Leaving Certificate Examination, 1918, 1918
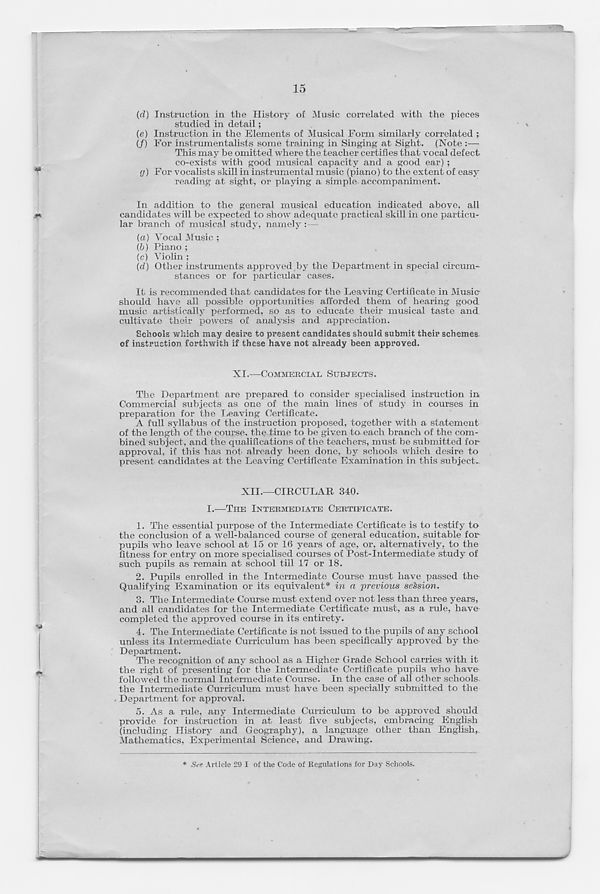
15
(d) Instruction in the History of Music correlated with the pieces
studied in detail;
(e) Instruction in the Elements of Musical Form similarly correlated ;
(/) For instrumentalists some training in Singing at Sight. (Note :—
This may be omitted where the teacher certifies that vocal defect
co-exists with good musical capacity and a good ear) ;
g) For vocalists skill in instrumental music (piano) to the extent of easy
reading at sight, or playing a simple accompaniment.
In addition to the general musical education indicated above, all
candidates will be expected to show adequate practical skill in one particu-
lar branch of musical study, namely:—
(a) Vocal Music ;
(b) Piano ;
(c) Violin ;
(d) Other instruments approved by the Department in special circum-
stances or for particular cases.
It is recommended that candidates for the Leaving Certificate in Music-
should have all possible opportunities afforded them of hearing good
music artistically performed, so as to educate their musical taste and
cultivate their powers of analysis and appreciation.
Schools which may desire to present candidates should submit their schemes
of instruction forthwith if these have not already been approved.
XI.—COMMERCIAL SUBJECTS.
The Department are prepared to consider specialised instruction in
Commercial subjects as one of the main lines of study in courses in
preparation for the Leaving Certificate.
A full syllabus of the instruction proposed, together with a statement
of the length of the course, the time to be given to each branch of the com-
bined subject, and the qualifications of the teachers, must be submitted for
approval, if this has not already been done, by schools which desire to
present candidates at the Leaving Certificate Examination in this subject..
XII.—CIRCULAR 340.
I.—THE INTERMEDIATE CERTIFICATE.
1. The essential purpose of the Intermediate Certificate is to testify to
the conclusion of a well-balanced course of general education, suitable for
pupils who leave school at 15 or 16 years of age, or, alternatively, to the
fitness for entry on more specialised courses of Post-Intermediate study of
such pupils as remain at school till 17 or 18.
2. Pupils enrolled in the Intermediate Course must have passed the
Qualifying Examination or its equivalent* in a previous session.
3. The Intermediate Course must extend over not less than three years,
and all candidates for the Intermediate Certificate must, as a rule, have
completed the approved course in its entirety.
4. The Intermediate Certificate is not issued to the pupils of any school
unless its Intermediate Curriculum has been specifically approved by the
Department.
The recognition of any school as a Higher Grade School carries with it
the right of presenting for the Intermediate Certificate pupils who have
followed the normal Intermediate Course. In the case of all other schools
the Intermediate Curriculum must have been specially submitted to the
Department for approval.
5. As a rule, any Intermediate Curriculum to be approved should
provide for instruction in at least five subjects, embracing English
(including History and Geography), a language other than English,
Mathematics, Experimental Science, and Drawing.
* See Article 29 I ot tile Code of Regulations for Day Schools.